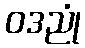
ဝဒညုံ